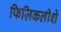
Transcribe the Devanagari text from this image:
फिज़िकलीशे